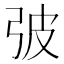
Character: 㢰